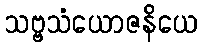
သဗ္ဗသံယောဇနိယေ